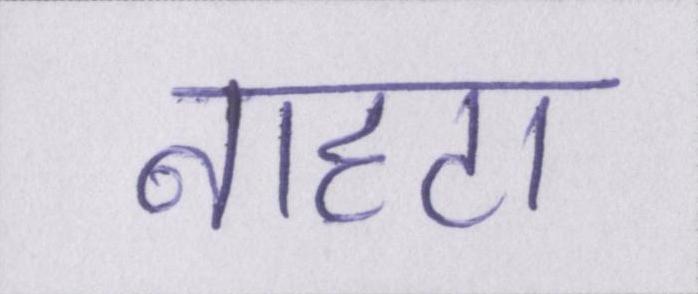
नाहटा